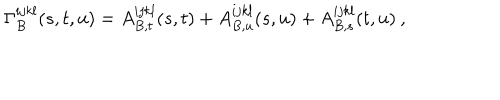
\Gamma _ { B } ^ { i j k l } ( s , t , u ) = A _ { B , t } ^ { i j k l } ( s , t ) + A _ { B , u } ^ { i j k l } ( s , u ) + A _ { B , s } ^ { i j k l } ( t , u ) \: ,